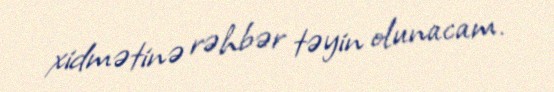
xidmətinə rəhbər təyin olunacam.